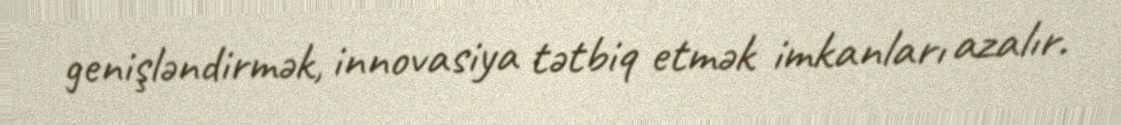
genişləndirmək, innovasiya tətbiq etmək imkanları azalır.